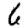
Digit: 6